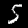
Digit: 5